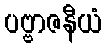
ပဗ္ဗာဇနီယံ